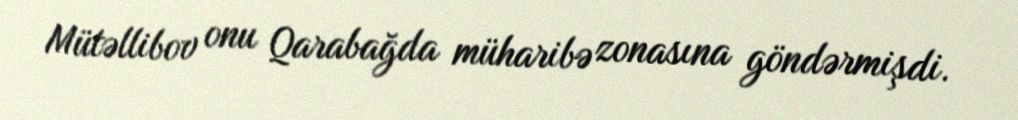
Mütəllibov onu Qarabağda müharibə zonasına göndərmişdi.